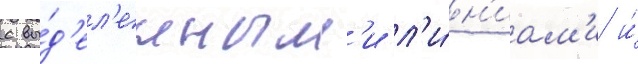
с вы́д'ел'енным'и л'и́н'иам'и и́